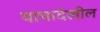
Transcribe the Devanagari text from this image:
याचादेखील